Senior Leaving Certificate Examination (including Day School Certificate (Higher) General paper), 1950
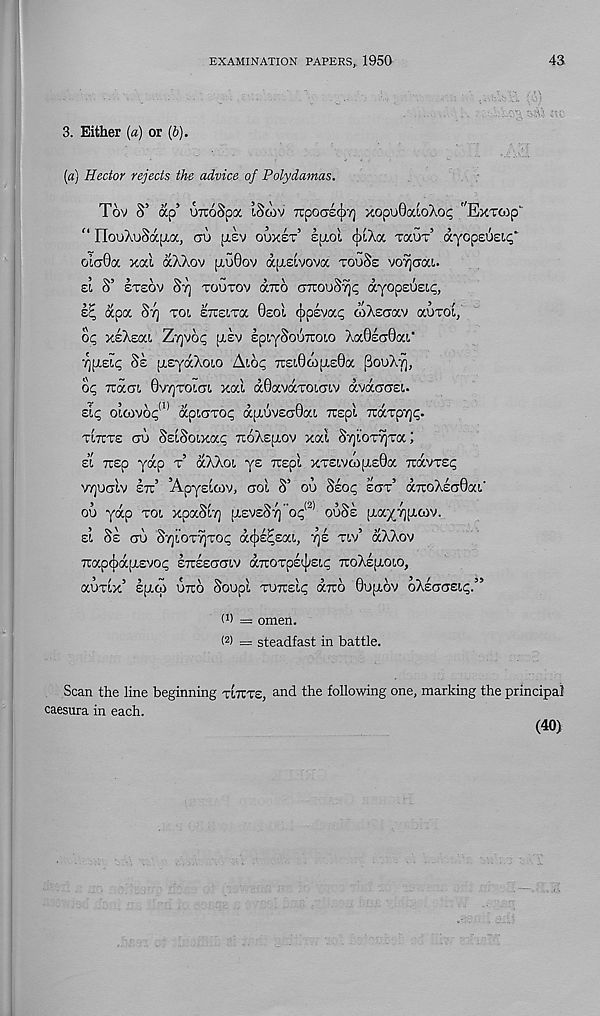
EXAMINATION PAPERS, 1950
43
3. Either {a) or (b).
(a) Hector rejects the advice of Polydamas.
Tov S’ ap’ UTroSpa IScov upoaectyq xopudcdokoc, ''ExTwp'
M IlooXuSapta, au (jlsv ouxst’ kjxol cjxXa Taur’ ayopeusii;*
olcrOa xal aXXov [xoOov a[Aeivova touSs vo^crau
si S’ stsov St] toutov (xtco CTTrooSyj^ ayopsusi^,
s? apa St) toi sttcLtoc Osol ipsvac; wXsaav aoxoi,
oq xsXsat. Z-qvoQ asv spiySouiroio XaSsaQai*
'q^zlc, Ss [AsyaXoio Aiog TC£!.0o)[A£0a ^ooXy],
oc; Ttacn. 0vt]toi.ct!. xal a0avaTO!,a!.v avaarasu
ziq oloivoQ 1 ' apiciTop a;AOV£a0a!. ruspl TiaTpy]^.
titct£ ao SslSoixa^ TtoXspiov xal SvjloTvjTa;
a 7i:£p yap t’ aXXoi. ys Tcspl xT£Lvw[A£0a 7ravT£p
VTjualv £rc’ ’Apyslwv, aol S’ ou Sso<; sot’ arcoXsaOai.'
ou yap tol xpaSlv) [AsvsSyj’o^2 1 ouSs (AayTjfxcov.
£1 Ss CU S'/]l0TYjT0^ a(j)£^£aL, Tj£ Tiv’ aXXov
TiapcJiajAEVo^ stuseoctiv aTrorps^sic ttoXejaolo,
aimx’ Epup utco Soupl tutteI^ daro 0u[xov oX£cra£i<;.”
0) — omen.
(2) — steadfast in battle.
Scan the line beginning tlttts, and the following one, marking the principal
caesura in each.
(40)